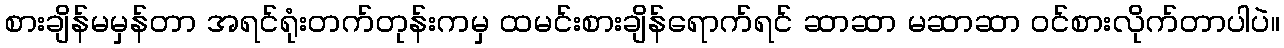
စားချိန်မမှန်တာ အရင်ရုံးတက်တုန်းကမှ ထမင်းစားချိန်ရောက်ရင် ဆာဆာ မဆာဆာ ဝင်စားလိုက်တာပါပဲ။